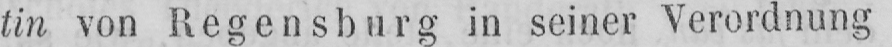
tin von Regensburg in seiner Verordnung